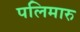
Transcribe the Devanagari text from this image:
पलिमारु